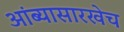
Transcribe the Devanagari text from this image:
आंब्यासारखेच